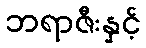
ဘရာဇီးနှင့်